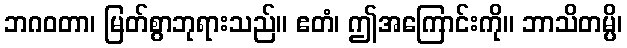
ဘဂဝတာ၊ မြတ်စွာဘုရားသည်။ ဧတံ၊ ဤအကြောင်းကို။ ဘာသိတမ္ပိ၊